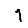
Digit: 1